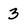
Character: 3